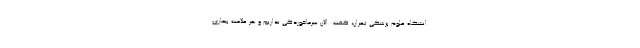
انشگاه علوم پزشکی تهران، گفت: الان سرماخوردگی نداریم و هر علامت بیماری